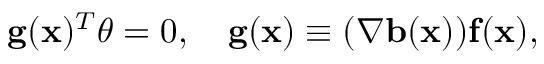
\mathbf { g } ( \mathbf { x } ) ^ { T } { \boldsymbol \theta } = 0 , \quad \mathbf { g } ( \mathbf { x } ) \equiv ( \nabla \mathbf { b } ( \mathbf { x } ) ) \mathbf { f } ( \mathbf { x } ) ,